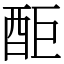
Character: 䣰